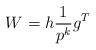
LaTeX: \begin{align*} W = h \frac{1}{p^k} g^T \end{align*}